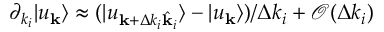
\partial _ { k _ { i } } | u _ { \mathbf { k } } \rangle \approx ( | u _ { \mathbf { k } + \Delta k _ { i } \hat { \mathbf { k } } _ { i } } \rangle - | u _ { \mathbf { k } } \rangle ) / \Delta k _ { i } + \mathcal { O } ( \Delta k _ { i } )